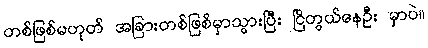
တစ်ဖြစ်မဟုတ် အခြားတစ်ဖြစ်မှာသွားပြီး ငြိတွယ်နေဦး မှာပဲ။